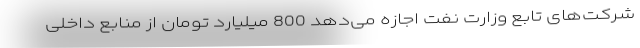
شرکت‌های تابع وزارت نفت اجازه می‌دهد 800 میلیارد تومان از منابع داخلی